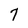
Character: 7